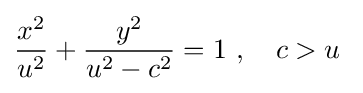
{\frac {x^{2}}{u^{2}}}+{\frac {y^{2}}{u^{2}-c^{2}}}=1\ ,\quad c>u\